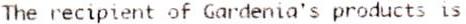
THE RECIPIENT OF GARDENIA'S PRODUCTS IS